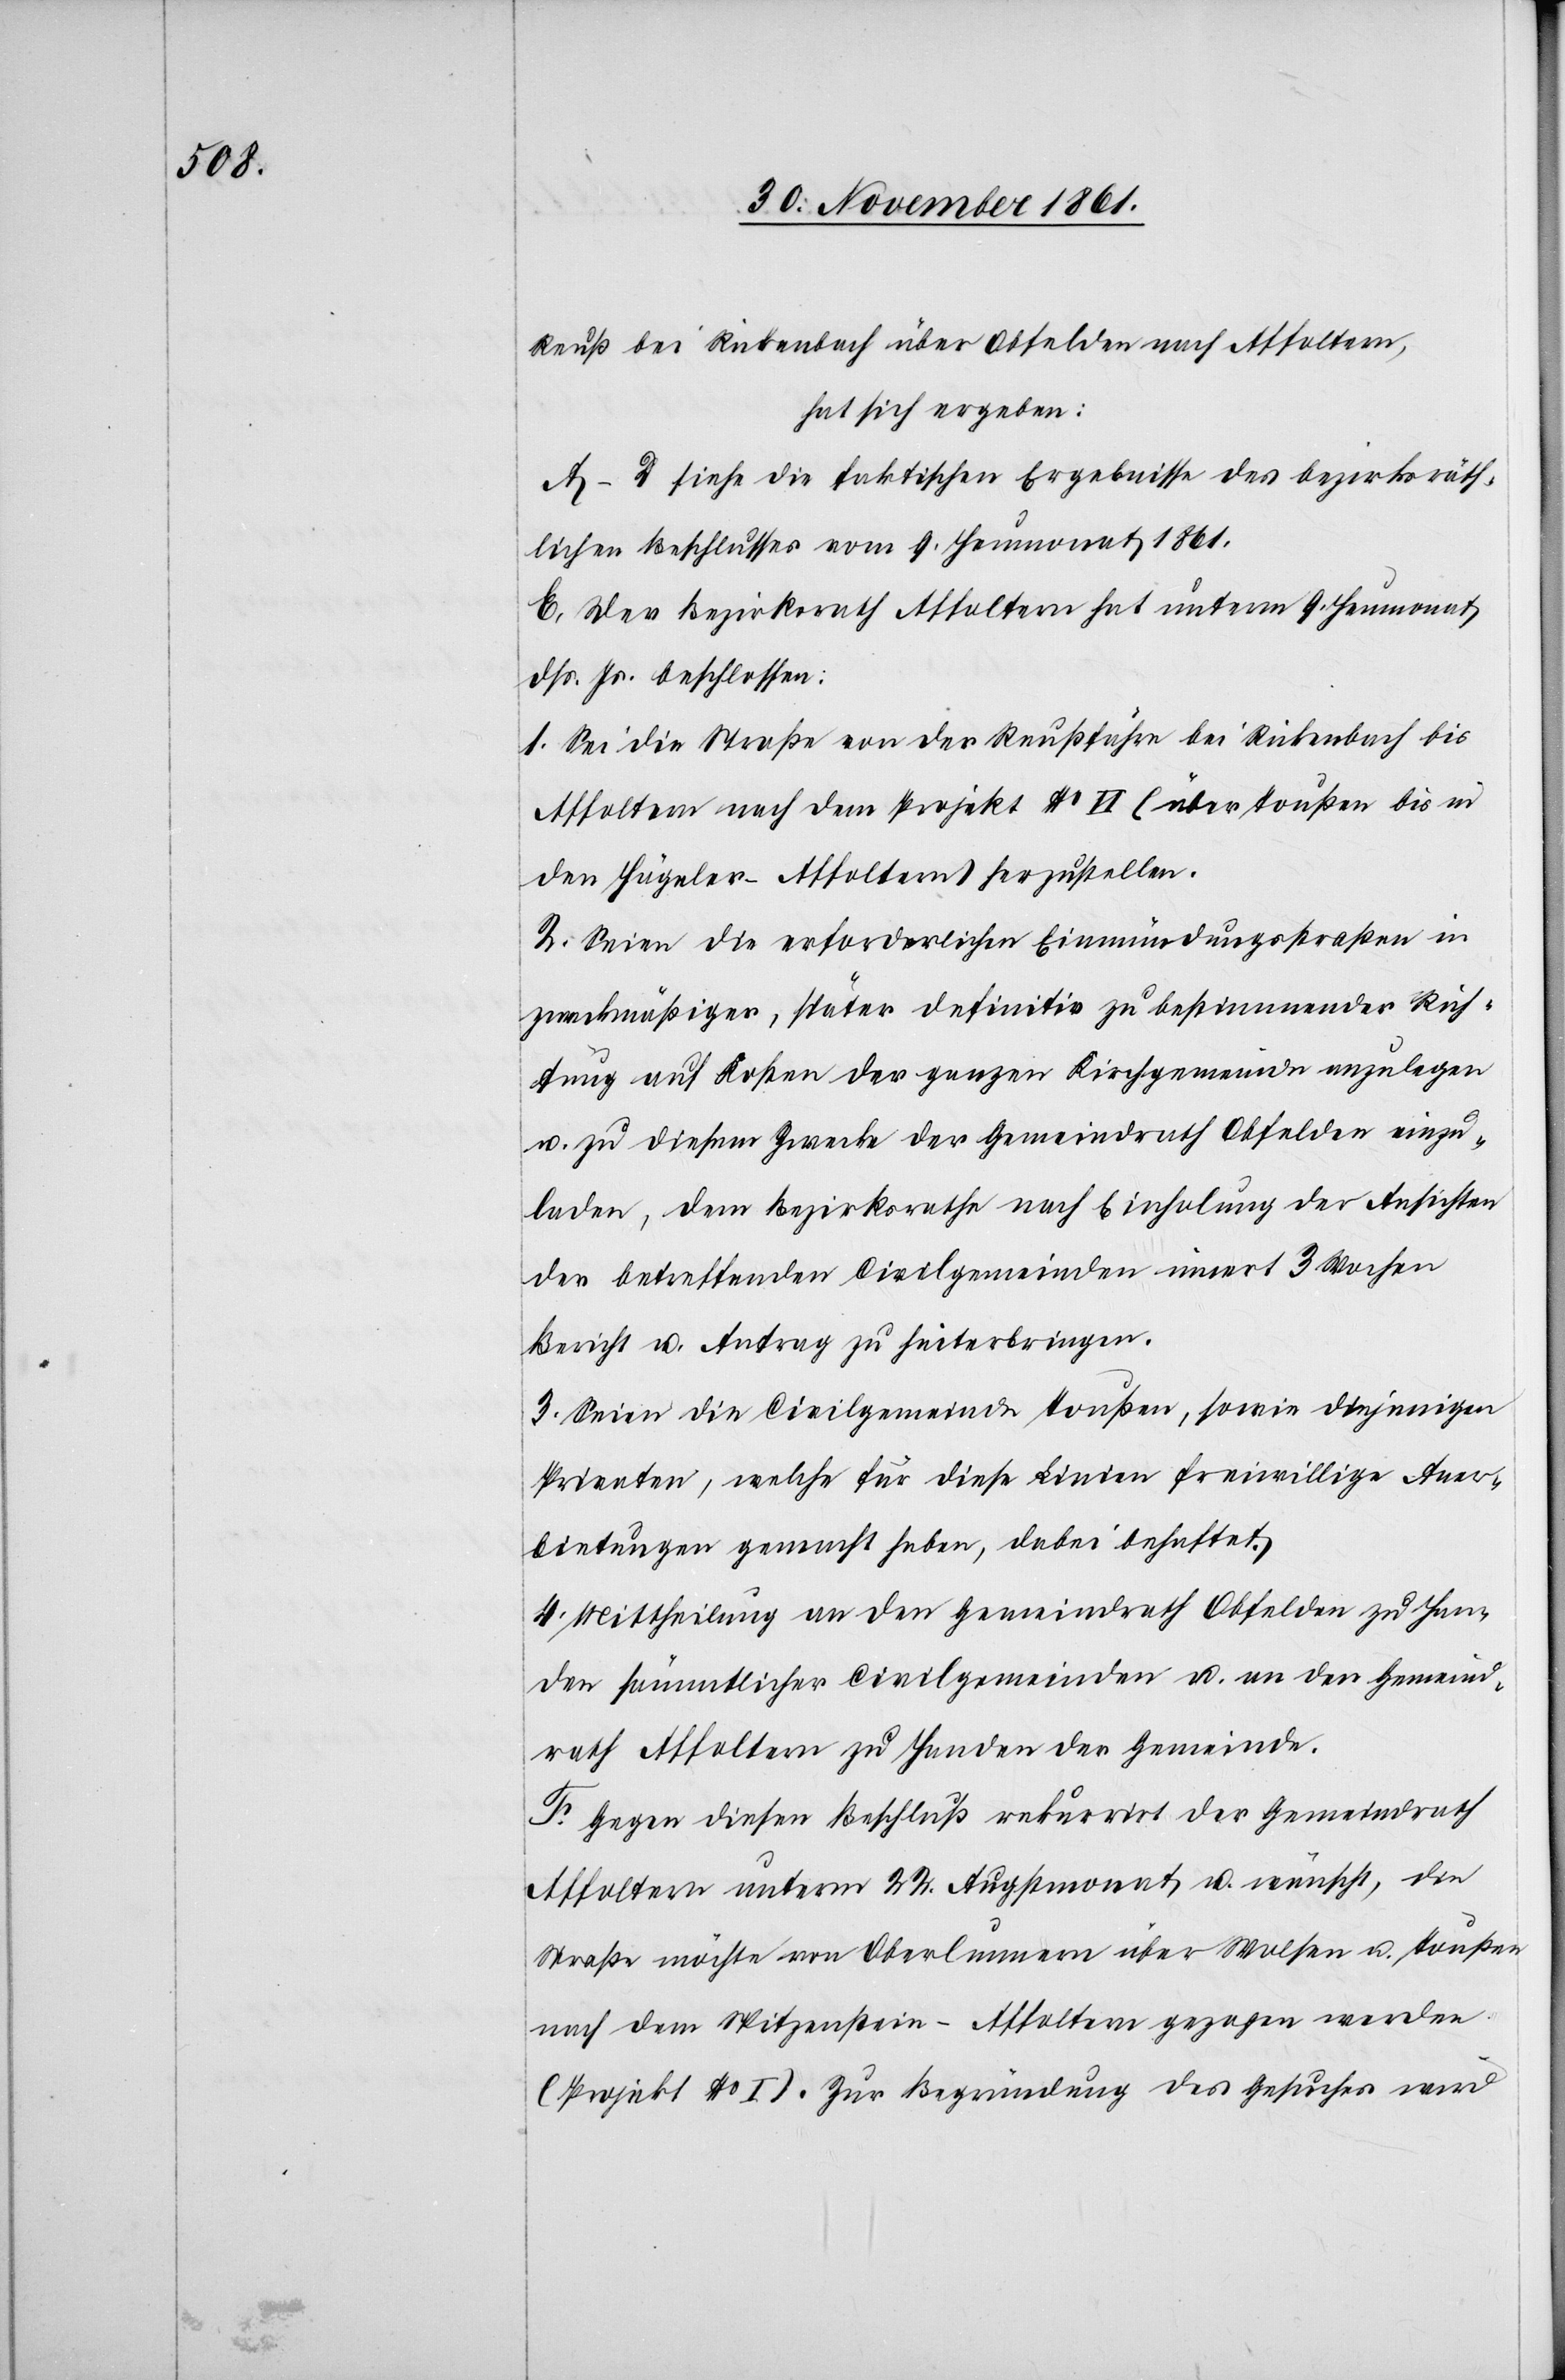
Reuß bei Rickenbach über Obfelden nach Affoltern,
hat sich ergeben:
A–D siehe die faktischen Ergebnisse des bezirksräth¬
lichen Beschlusses vom 9 Heumonat 1861.
E. Der Bezirksrath Affoltern hat unterm 9 Heumonat
dß. Js. beschlossen:
1. Sei die Straße von der Reußfähre bei Rickenbach bis
Affoltern nach dem Projekt No VI (über Toußen bis in
den Hägeler-Affoltern) herzustellen.
2. Seien die erforderlichen Einmündungsstraßen in
zweckmäßiger, später definitiv zu bestimmender Rich¬
tung auf Kosten der ganzen Kirchgemeinde anzulegen
u. zu diesem Zwecke der Gemeindrath Obfelden einzu¬
laden, dem Bezirksrathe nach Einholung der Ansichten
der betreffenden Civilgemeinden innert 3 Wochen
Bericht u. Antrag zu hinterbringen.
3. Seien die Civilgemeinden Toußen, sowie diejenigen
Privaten, welche für diese Linien freiwillige Aner¬
bietungen gemacht haben, dabei behaftet.
4. Mittheilung an den Gemeindrath Obfelden zu Han¬
den sämmtlicher Civilgemeinden u. an den Gemeind¬
rath Affoltern zu Handen der Gemeinde.
F. Gegen diesen Beschluß rekurrirt der Gemeindrath
Affoltern unterm 22 Augstmonat u. wünscht, die
Straße möchte von Oberlunnern über Wolsen u. Toußen
nach dem Spitzenstein-Affoltern gezogen werden
(Projekt No I). Zur Begründung des Gesuches wird